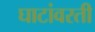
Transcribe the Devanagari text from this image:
घाटांवरती